Virumaa_algkoolid, lk 74
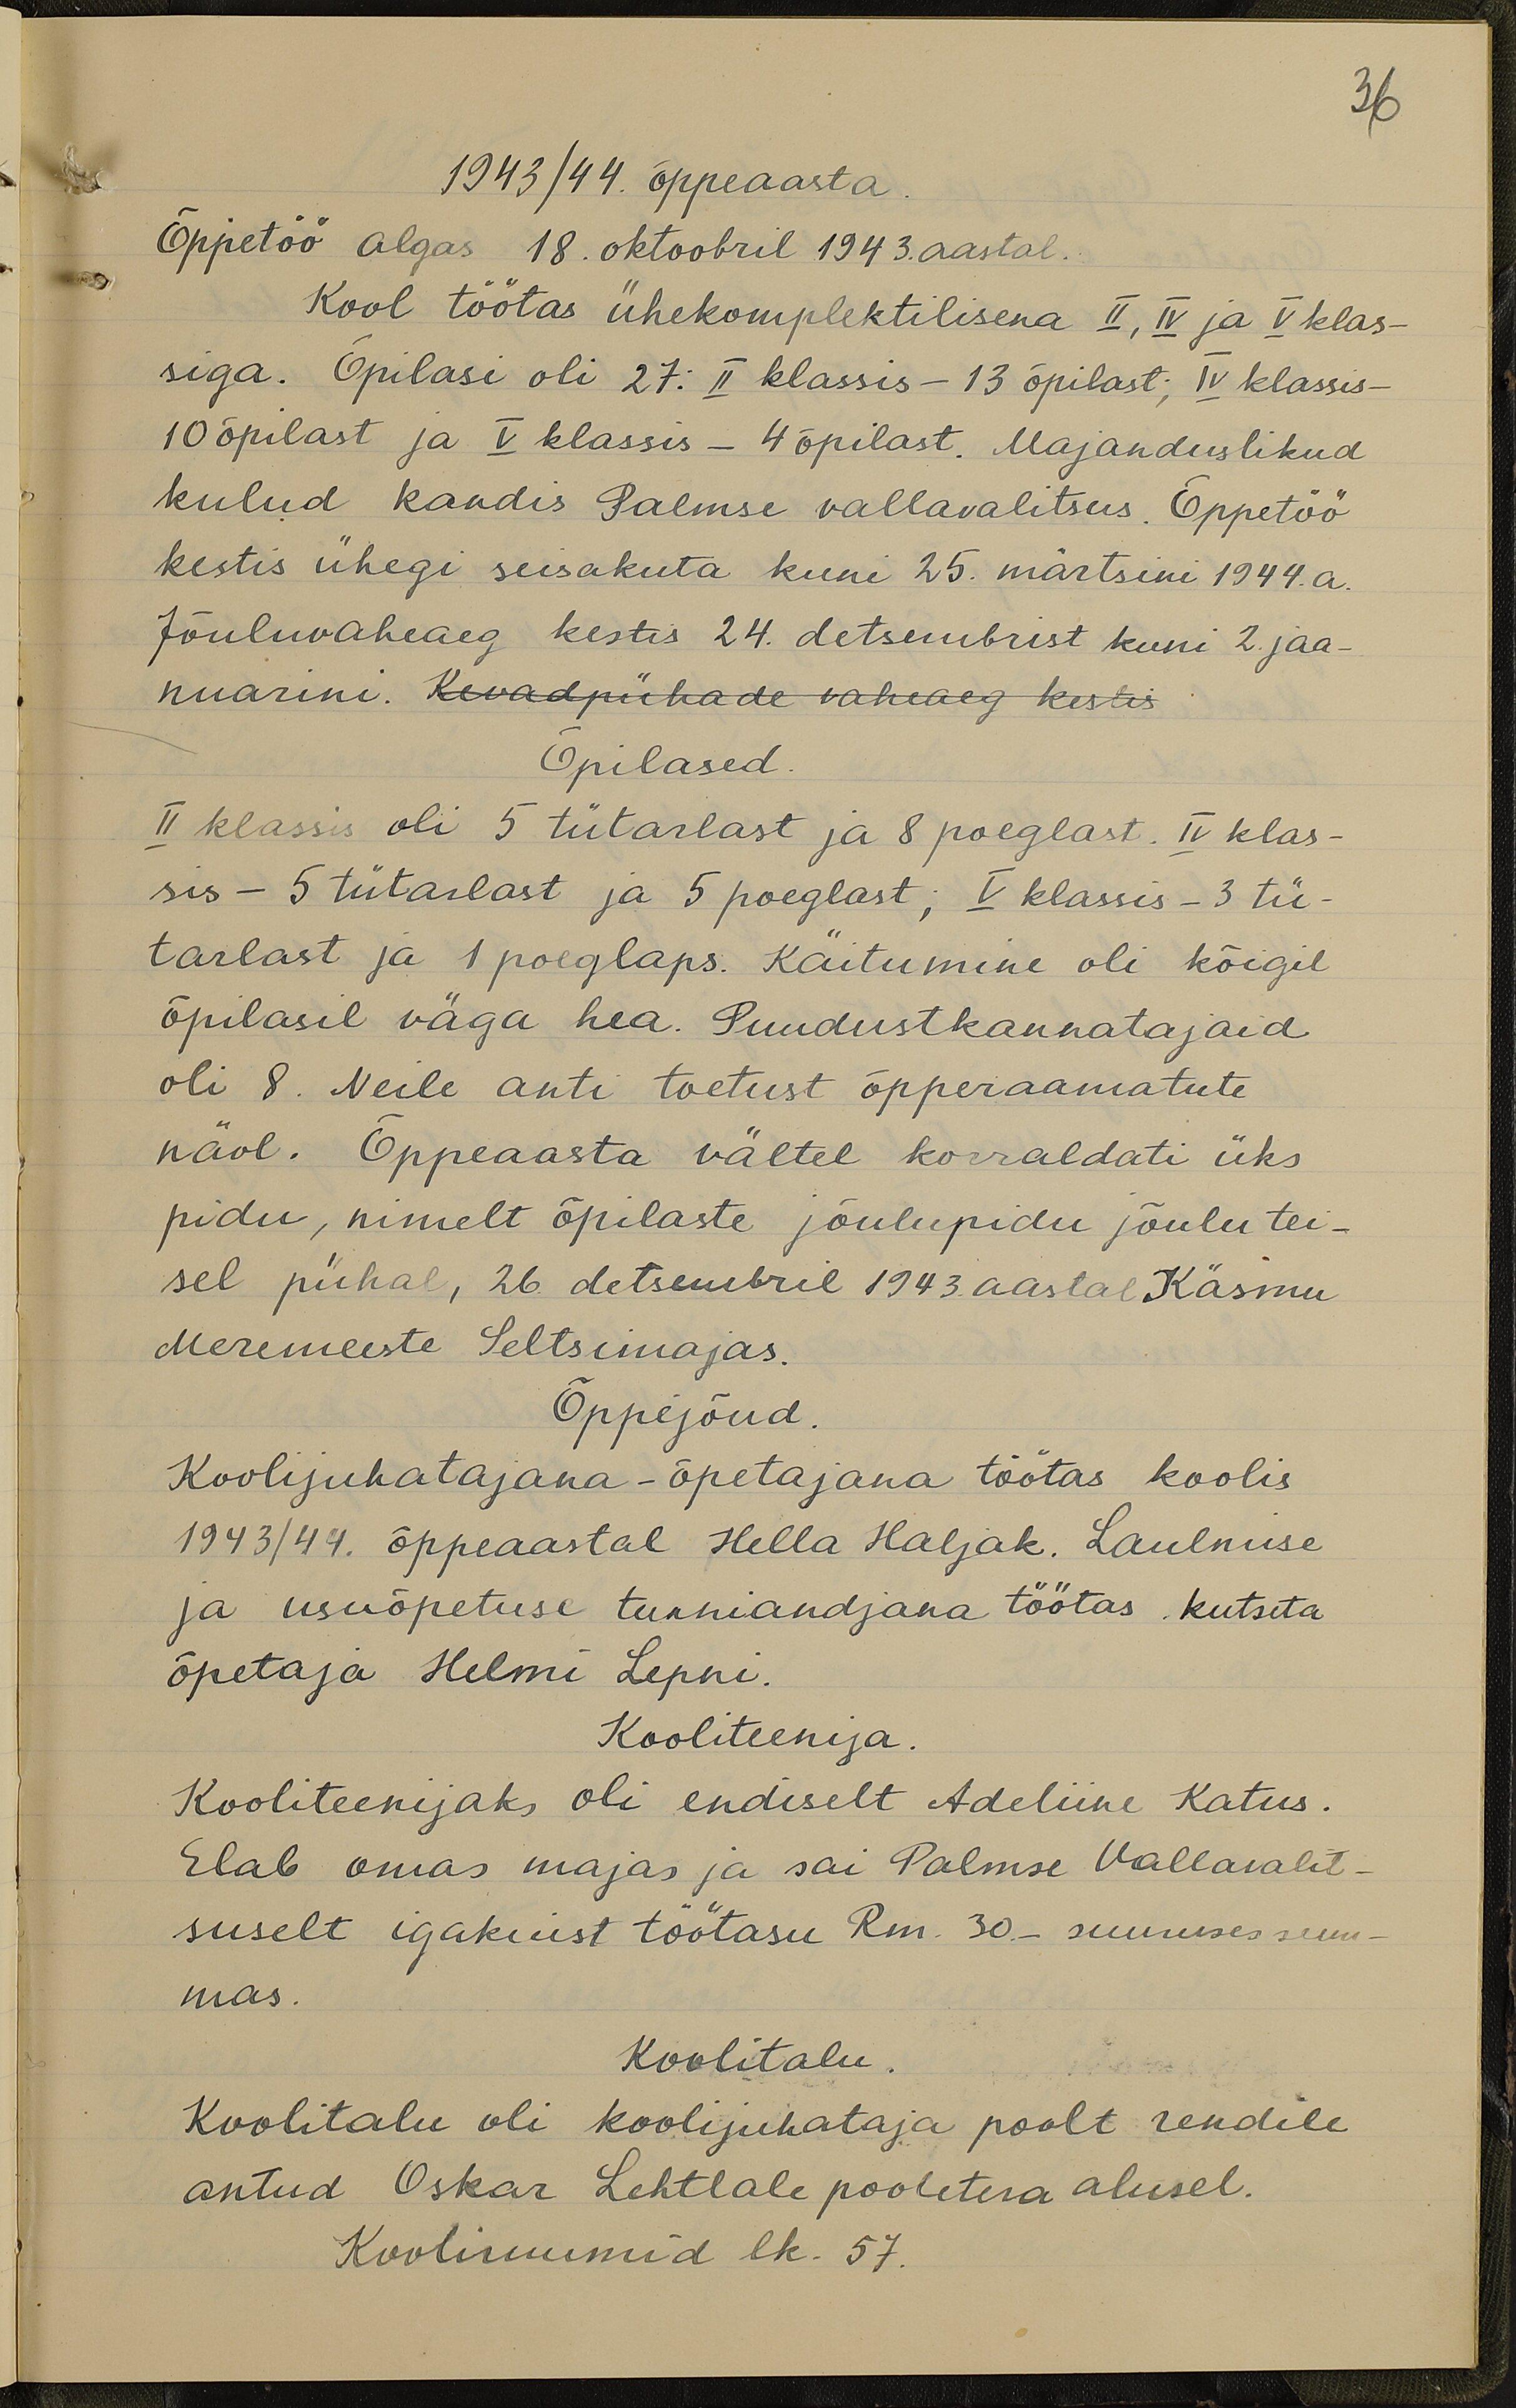
36

1943/44. õppeaasta
Õppetöö algas 18. oktoobril 1943. aastal.
Kool töötas ühekomplektilisena II, IV ja V klas-
siga. Õpilasi oli 27: II klassis - 13 õpilast, IV klassis-
10 õpilast ja V klassis - 4 õpilast. Majanduslikud
kulud kandis Palmse vallavalitsus. Õppetöö
kestis ühegi seisakuta kuni 25. märtsini 1944. a.
Jõuluvaheaeg kestis 24. detsembrist kuni 2. jaa-
nuarini. Kevadpühade vaheaeg kestis
Õpilased
II klassis oli 5 tütarlast ja 8 poeglast. IV klas-
sis - 5 tütarlast ja 5 poeglast; V klassis - 3 tü-
tarlast ja 1 poeglaps. Käitumine oli kõigil
õpilasil väga hea. Puudustkannatajaid
oli 8. Neile anti toetust õpperaamatute
näol. Õppeaasta vältel korraldati üks
pidu, nimelt õpilaste jõulupidu jõulu tei-
sel pühal, 26 detsembril 1943. aastal Käsmu
Meremeeste Seltsimajas.
Õppejõud
Koolijuhatajana - õpetajana töötas koolis
1943/44. õppeaastal Hella Haljak. Laulmise
ja usuõpetuse tunniandjana töötas kutseta
õpetaja Helmi Lepni.
Kooliteenija.
Kooliteenijaks oli endiselt Adeliine Katus.
Elab omas majas ja sai Palmse Vallavalit-
suselt igakust töötasu Rm. 30.- suuruses sum-
mas.
Koolitalu.
Koolitalu oli koolijuhataja poolt rendile
antud Oskar Lehtlale pooletera alusel.
Kooliruumid lk. 57.